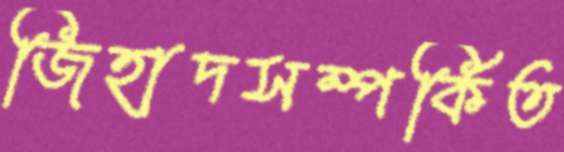
জিহাদসম্পর্কিত